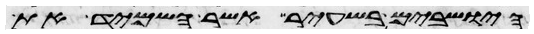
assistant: הישבים בשעיר אשר השמיד את